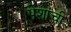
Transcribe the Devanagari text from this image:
पेशांची